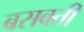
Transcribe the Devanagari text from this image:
बसवती